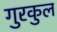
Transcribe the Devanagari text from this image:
गुरकुल